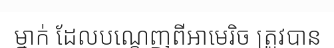
ម្នាក់ ដែលបណ្តេញពីអាមេរិច ត្រូវបាន